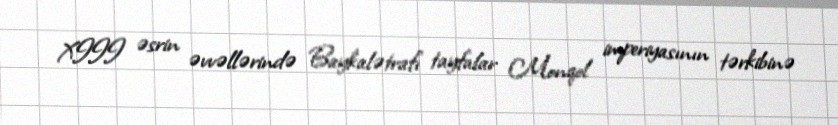
XIII əsrin əvvəllərində Baykalətrafı tayfalar Monqol imperiyasının tərkibinə